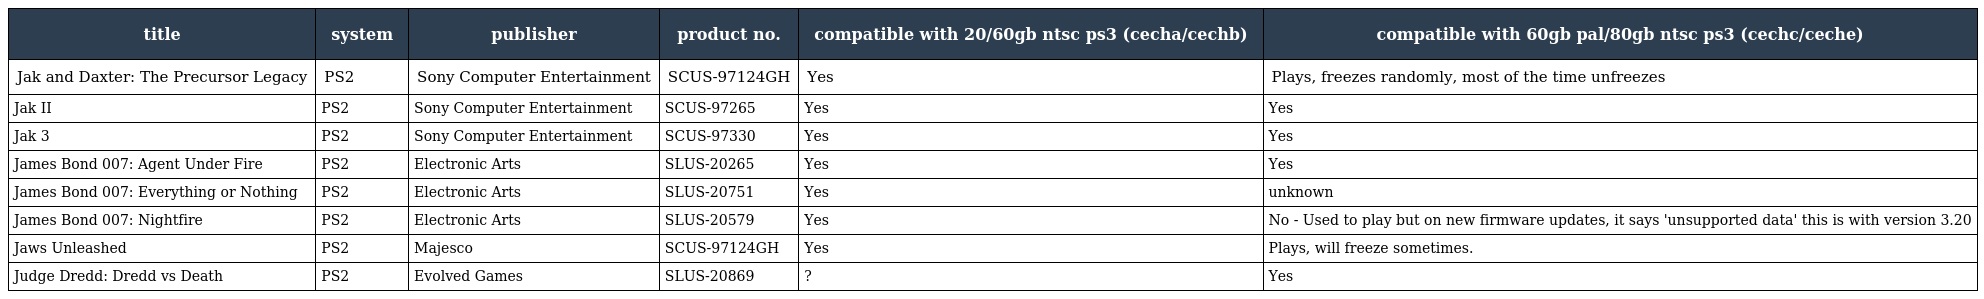
| title | system | publisher | product no. | compatible with 20/60gb ntsc ps3 (cecha/cechb) | compatible with 60gb pal/80gb ntsc ps3 (cechc/ceche) |
 | --- | --- | --- | --- | --- | --- |
 | Jak and Daxter: The Precursor Legacy | PS2 | Sony Computer Entertainment | SCUS-97124GH | Yes | Plays, freezes randomly, most of the time unfreezes |
 | Jak II | PS2 | Sony Computer Entertainment | SCUS-97265 | Yes | Yes |
 | Jak 3 | PS2 | Sony Computer Entertainment | SCUS-97330 | Yes | Yes |
 | James Bond 007: Agent Under Fire | PS2 | Electronic Arts | SLUS-20265 | Yes | Yes |
 | James Bond 007: Everything or Nothing | PS2 | Electronic Arts | SLUS-20751 | Yes | unknown |
 | James Bond 007: Nightfire | PS2 | Electronic Arts | SLUS-20579 | Yes | No - Used to play but on new firmware updates, it says 'unsupported data' this is with version 3.20 |
 | Jaws Unleashed | PS2 | Majesco | SCUS-97124GH | Yes | Plays, will freeze sometimes. |
 | Judge Dredd: Dredd vs Death | PS2 | Evolved Games | SLUS-20869 | ? | Yes |